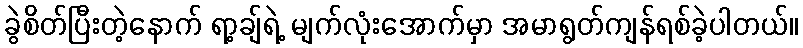
ခွဲစိတ်ပြီးတဲ့နောက် ရာ့ချ်ရဲ့ မျက်လုံးအောက်မှာ အမာရွတ်ကျန်ရစ်ခဲ့ပါတယ်။